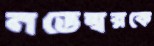
নভেম্বরকে